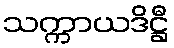
သက္ကာယဒိဋ္ဌီ